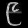
Digit: ၉